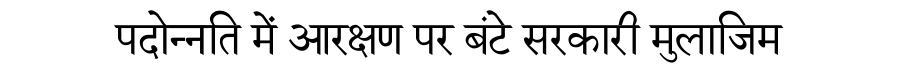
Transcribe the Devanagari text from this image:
पदोन्नति में आरक्षण पर बंटे सरकारी मुलाजिम